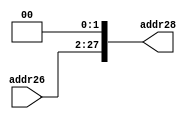
`timescale 1ns / 1ps

module ShiftUnit(
    input [25:0]addr26,
    output [27:0]addr28
    );
    assign addr28=addr26<<2;
endmodule